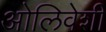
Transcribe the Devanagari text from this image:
ओलिवेशी